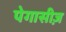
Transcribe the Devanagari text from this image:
पेगासीज़